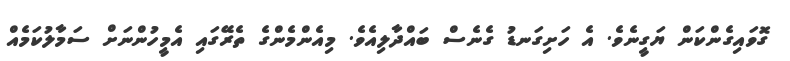
ގޮވައިގެންކަން ޔަގީނެވެ. އެ ހަށިގަނޑު ގެނެސް ބައްދާލިއެވެ. މިއެންމެންގެ ތެރޭގައި އެމީހުންނަށް ސަމާލުކަމެއް